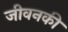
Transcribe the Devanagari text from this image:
जीवनकी